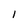
Character: l